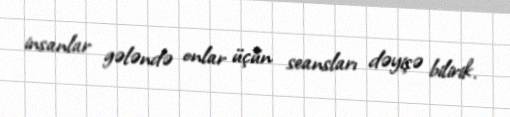
insanlar gələndə onlar üçün seansları dəyişə bilirik.